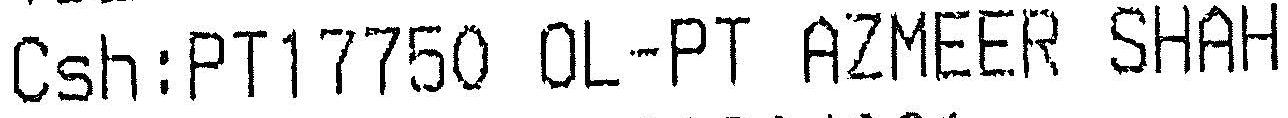
CSH:PT17750 OL-PT AZMEER SHAH